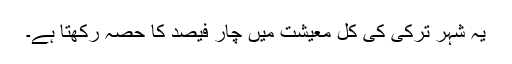
یہ شہر ترکی کی کل معیشت میں چار فیصد کا حصہ رکھتا ہے۔